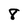
Character: 8